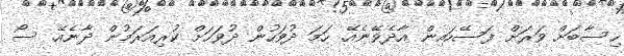
ހިސާބަށް ވަރަށް ފަސޭހައިން އާދެވޭނެއޭ. ހަމަ ދުވަހުން ދުވަހަށް ކުރިއަރަމުން ދާނެއޭ. ސޯ